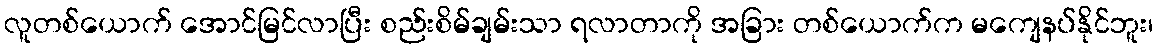
လူတစ်ယောက် အောင်မြင်လာပြီး စည်းစိမ်ချမ်းသာ ရလာတာကို အခြား တစ်ယောက်က မကျေနပ်နိုင်ဘူး၊